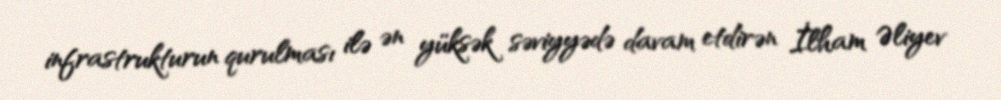
infrastrukturun qurulması ilə ən yüksək səviyyədə davam etdirən İlham Əliyev